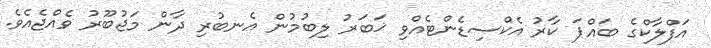
އަފްލާކްގެ ބައްޕަ ކާރު އެކްސިޑެންޓެއްވި ޚަބަރު ލިބުމުން އެނބުރި ދާން މަޖުބޫރު ވެއްޖެއެވެ.